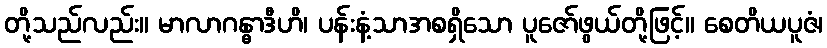
တို့သည်လည်း။ မာလာဂန္ဓာဒီဟိ၊ ပန်းနံ့သာအစရှိသော ပူဇော်ဖွယ်တို့ဖြင့်။ စေတိယပူဇံ၊